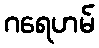
ဂရေဟမ်